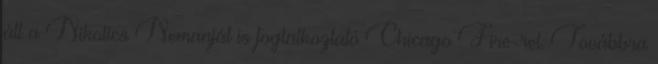
áll a Nikolics Nemanját is foglalkoztató Chicago Fire-rel. Továbbra